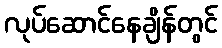
လုပ်ဆောင်နေချိန်တွင်